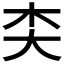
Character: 𪥄